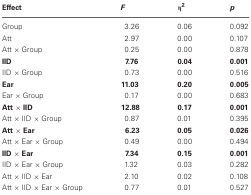
<table><thead><tr><td><b>Effect</b></td><td><b><i>F</i></b></td><td><b>η<sup>2</sup></b></td><td><b><i>p</i></b></td></tr></thead><tbody><tr><td>Group</td><td>3.26</td><td>0.06</td><td>0.092</td></tr><tr><td>Att</td><td>2.97</td><td>0.00</td><td>0.107</td></tr><tr><td>Att × Group</td><td>0.25</td><td>0.00</td><td>0.878</td></tr><tr><td><b>IID</b></td><td><b>7.76</b></td><td><b>0.04</b></td><td><b>0.001</b></td></tr><tr><td>IID × Group</td><td>0.73</td><td>0.00</td><td>0.516</td></tr><tr><td><b>Ear</b></td><td><b>11.03</b></td><td><b>0.20</b></td><td><b>0.005</b></td></tr><tr><td>Ear × Group</td><td>0.17</td><td>0.00</td><td>0.683</td></tr><tr><td><b>Att</b> × <b>IID</b></td><td><b>12.88</b></td><td><b>0.17</b></td><td><b>0.001</b></td></tr><tr><td>Att × IID × Group</td><td>0.87</td><td>0.01</td><td>0.395</td></tr><tr><td><b>Att</b> × <b>Ear</b></td><td><b>6.23</b></td><td><b>0.05</b></td><td><b>0.026</b></td></tr><tr><td>Att × Ear × Group</td><td>0.49</td><td>0.00</td><td>0.494</td></tr><tr><td><b>IID</b> × <b>Ear</b></td><td><b>7.34</b></td><td><b>0.15</b></td><td><b>0.001</b></td></tr><tr><td>IID × Ear × Group</td><td>1.32</td><td>0.03</td><td>0.282</td></tr><tr><td>Att × IID × Ear</td><td>2.10</td><td>0.02</td><td>0.108</td></tr><tr><td>Att × IID × Ear × Group</td><td>0.77</td><td>0.01</td><td>0.527</td></tr></tbody></table>